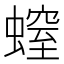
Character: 螲